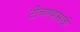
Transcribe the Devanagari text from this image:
टोचण्यासाठी